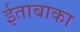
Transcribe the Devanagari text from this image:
ईताबाका